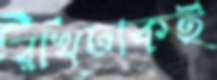
রাখঢাকই